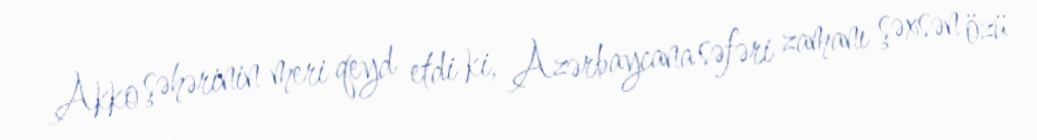
Akko şəhərinin meri qeyd etdi ki, Azərbaycana səfəri zamanı şəxsən özü